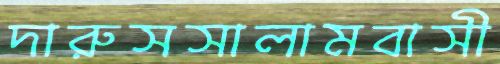
দারুসসালামবাসী